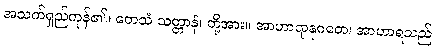
အသက်ရှည်ကုန်၏။ တေသံ သတ္တာနံ၊ တို့အား။ အာဟာရာနုဂတေ၊ အာဟာရသည်